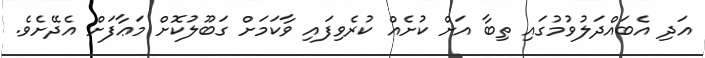
އަދި އެބައްދަލުވުމުގައި ތިބާ އަށް ކުށެއް ކުރެވިފައި ވާކަމަށް ގަބޫލުކޮށް މަޢާފަށް އެދޭށެވެ.